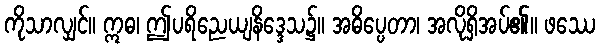
ကိုသာလျှင်။ ဣဓ၊ ဤပရိညေယျနိဒ္ဒေသ၌။ အဓိပ္ပေတာ၊ အလိုရှိအပ်၏။ ဖဿေ